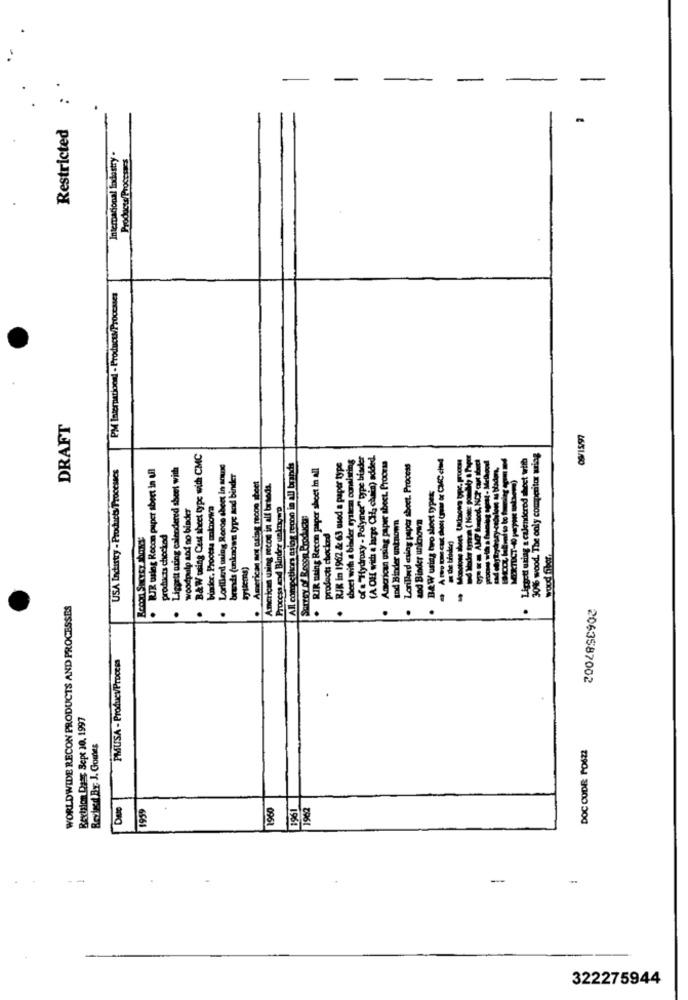
:
-
-
-
Restricted
Internacional Industry.
Products Processes
PM International - Products/ Proccases
DRAFT
B&W tsing Cast sheet type with CMC
RJK in 1962 & 63 used a paper type
of a "Hydroxy - Polymer" type biader
(A OH with a large CH, chain) added.
American using paper sboct. Process
Liggeti using a calendered sheet with
30% wood. The only competitor wring
USA Industry - Products/ Processes
UJR using Recon paper sbeet in ull
Ligpett aring calendered sheet with
Lorillard ming Rocce sheet in aranc
All competitors ssiog recon in all brands
. RIR meing Recon paper sheet in all
sheet with a binder system consisting
Lorillard asing paper sheet. Process
brands (unknown type and binder
· American ant pring moon sheet
American using record in all brands.
B&W ustag two sloet types
binder, Process molhowa
woodpulp and no biader
Process and Binder unkonywo
Surrey of Regge Products:
and Binder unknown
and Binder unknown
products checked
products chocked
wood fiber
WORLDWIDE RECON PRODUCTS AND PROCESSES
.
.
...
.
.
PMUSA - ProducvProcess
2063587002
Rextrion Dass Sept 30, 1997
Revised BY. J. Gomes
DOC CODE POSZE
1960
1961
962
195
-
322275944